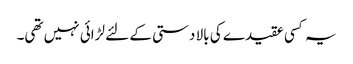
یہ کسی عقیدے کی بالا دستی کے لئے لڑائی نہیں تھی۔